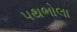
પથભોલા